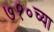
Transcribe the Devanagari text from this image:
७१०च्या